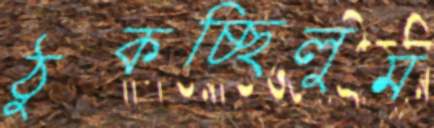
ঠুকচ্ছিলুম